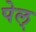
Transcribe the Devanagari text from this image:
पेल्